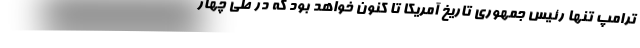
ترامپ تنها رئیس جمهوری تاریخ آمریکا تا کنون خواهد بود که در طی چهار